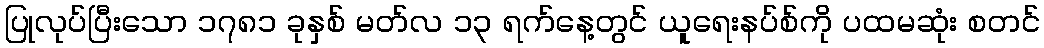
ပြုလုပ်ပြီးသော ၁၇၈၁ ခုနှစ် မတ်လ ၁၃ ရက်နေ့တွင် ယူရေးနပ်စ်ကို ပထမဆုံး စတင်